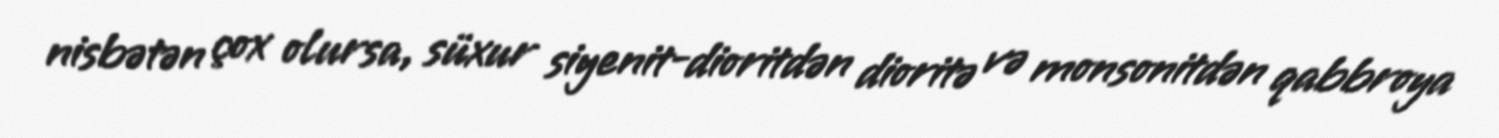
nisbətən çox olursa, süxur siyenit-dioritdən dioritə və monsonitdən qabbroya